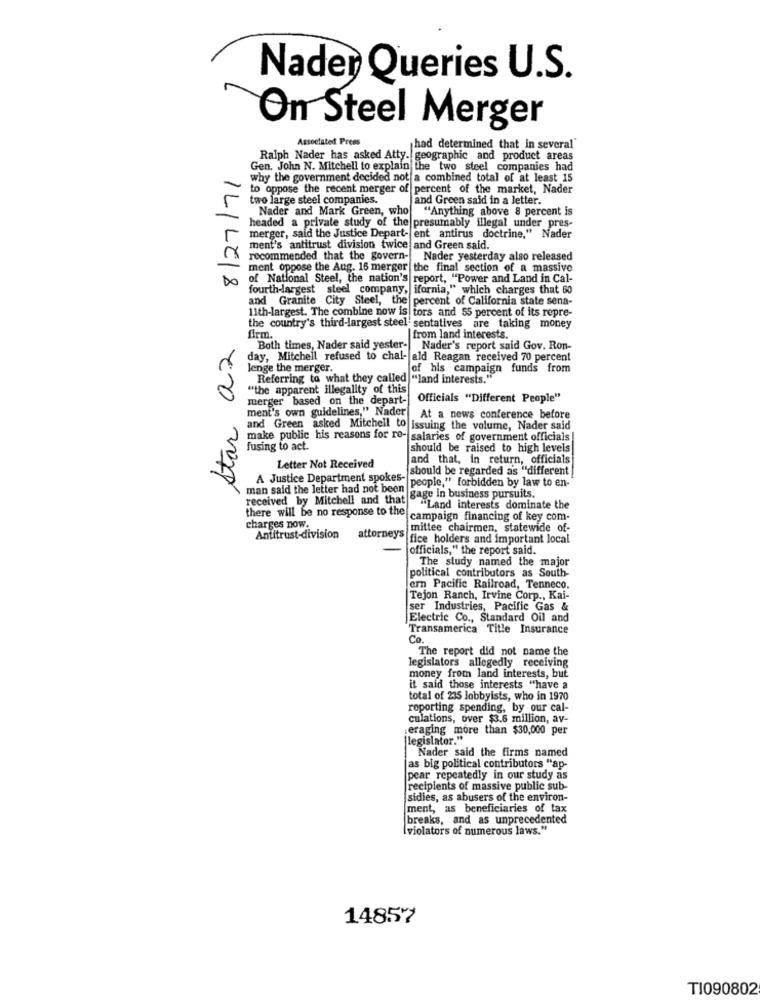
Nader Queries U.S.
On Steel Merger
Associated Press
had determined that in several"
Ralph Nader has asked Atty. geographic and product areas
8/27/71
Gen. John N. Mitchell to explain the two steel companies had
why the government decided not a combined total of at least 15
to oppose the recent merger of percent of the market, Nader
two large steel companies.
and Green said in a Jetter.
Nader and Mark Green, who "Anything above 8 percent is
headed a private study of the presumably illegal under pres-
merger, said the Justice Depart- ent antirus doctrine," Nader
ment's antitrust division twice and Green said.
recommended that the govern-
Nader yesterday also released
ment oppose the Aug. 16 merger the final section of a massive
of National Steel, the nation's report, "Power and Land in Cal-
fourth-largest steel company, ifornia," which charges that 60
and Granite City Steel, the percent of California state sena-
11th-largest. The combine now is tors and 55 percent of its repre-
star a2
the country's third-largest steel sentatives are taking money
firm.
from land interests.
Both times, Nader said yester- Nader's report said Gov. Ron-
day, Mitchell refused to chal- ald Reagan received 70 percent
lenge the merger.
of his campaign funds from
Referring to what they called "land interests."
"the apparent illegality of this
merger based on the depart-
Officials "Different People"
ment's own guidelines," Nader
At a news conference before
and Green asked Mitchell to issuing the volume, Nader said
make public his reasons for re- salaries of government officials|
fusing to act.
should be raised to high levels
and that, in return, officials
Letter Not Received
should be regarded as "different
A Justice Department spokes-
man said the letter had not been
people," forbidden by law to en-
received by Mitchell and that
gage in business pursuits.
there will be no response to the
"Land interests dominate the
campaign financing of key com-
charges now.
mittee chairmen, statewide of-
Antitrust-division
attorney's fice holders and important local
officials," the report said.
The study named the major
political contributors as South-
ern Pacific Railroad, Tenneco.
Tejon Ranch, Irvine Corp ., Kai-
ser Industries, Pacific Gas &
Electric Co ., Standard Oil and
Transamerica Title Insurance
Co.
The report did not name the
legislators allegedly receiving
money from land interests, but
it said those interests "have a
total of 235 lobbyists, who in 1970
reporting spending, by our cal-
culations, over $3.6 million, av-
eraging more than $30,000 per
|legislator."
Nader said the firms named
as big political contributors "ap-
pear repeatedly in our study as
recipients of massive public sub-
sidies, as abusers of the environ-
ment, as beneficiaries of tax
breaks, and as unprecedented
(violators of numerous laws."
14857
TI090802